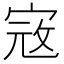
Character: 𡨥